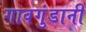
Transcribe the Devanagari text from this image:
गावगुंडानी